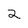
Character: 2